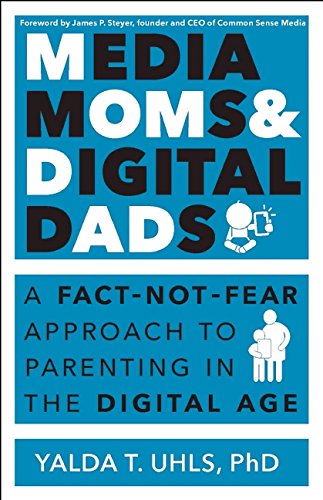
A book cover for Media Moms & Digital Dads: A Fact-Not-Fear Approach to Parenting in the Digital Age; Yalda Uhls; Medical Books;